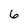
Character: 6